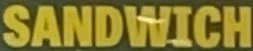
SANDWITCH